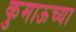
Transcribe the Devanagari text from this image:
कुमाऊच्या